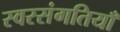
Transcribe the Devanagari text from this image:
स्वरसंगतियाँ